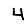
Digit: 4